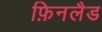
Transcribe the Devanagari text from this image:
फ़िनलैड